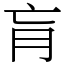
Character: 肓